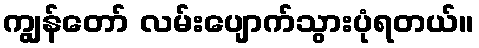
ကျွန်တော် လမ်းပျောက်သွားပုံရတယ်။